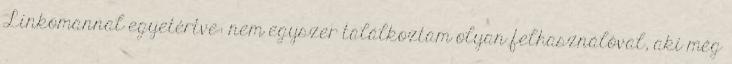
Linkomannal egyetértve: nem egyszer találkoztam olyan felhasználóval, aki még